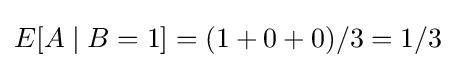
E[A\mid B=1]=(1+0+0)/3=1/3